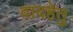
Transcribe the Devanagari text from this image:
वादहेतु